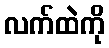
လက်ထဲကို